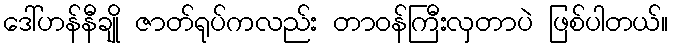
ဒေါ်ဟန်နီချို ဇာတ်ရုပ်ကလည်း တာဝန်ကြီးလှတာပဲ ဖြစ်ပါတယ်။